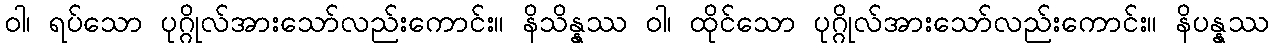
ဝါ၊ ရပ်သော ပုဂ္ဂိုလ်အားသော်လည်းကောင်း။ နိသိန္နဿ ဝါ၊ ထိုင်သော ပုဂ္ဂိုလ်အားသော်လည်းကောင်း။ နိပန္နဿ